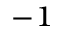
^ { - 1 }